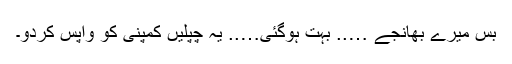
بس میرے بھانجے ….. بہت ہوگئی….. یہ چپلیں کمپنی کو واپس کردو۔